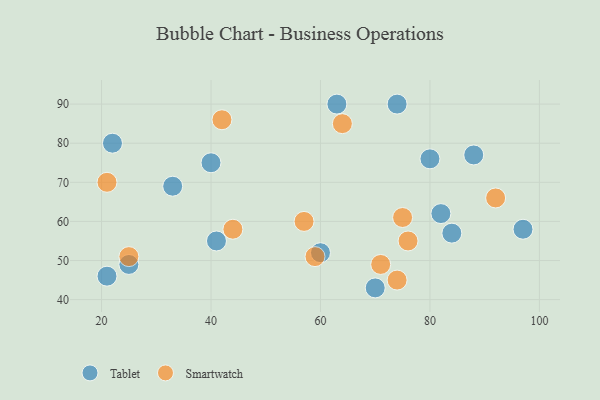
{"axis": {"x": "GDP", "y": "Life Expectancy"}, "legend": ["Smartwatch", "Tablet"], "data": [{"x": "97", "y": 58, "type": "Tablet"}, {"x": "84", "y": 57, "type": "Tablet"}, {"x": "41", "y": 55, "type": "Tablet"}, {"x": "88", "y": 77, "type": "Tablet"}, {"x": "60", "y": 52, "type": "Tablet"}, {"x": "70", "y": 43, "type": "Tablet"}, {"x": "74", "y": 90, "type": "Tablet"}, {"x": "25", "y": 49, "type": "Tablet"}, {"x": "63", "y": 90, "type": "Tablet"}, {"x": "40", "y": 75, "type": "Tablet"}, {"x": "33", "y": 69, "type": "Tablet"}, {"x": "80", "y": 76, "type": "Tablet"}, {"x": "82", "y": 62, "type": "Tablet"}, {"x": "22", "y": 80, "type": "Tablet"}, {"x": "21", "y": 46, "type": "Tablet"}, {"x": "76", "y": 55, "type": "Smartwatch"}, {"x": "57", "y": 60, "type": "Smartwatch"}, {"x": "92", "y": 66, "type": "Smartwatch"}, {"x": "44", "y": 58, "type": "Smartwatch"}, {"x": "21", "y": 70, "type": "Smartwatch"}, {"x": "75", "y": 61, "type": "Smartwatch"}, {"x": "25", "y": 51, "type": "Smartwatch"}, {"x": "64", "y": 85, "type": "Smartwatch"}, {"x": "59", "y": 51, "type": "Smartwatch"}, {"x": "71", "y": 49, "type": "Smartwatch"}, {"x": "42", "y": 86, "type": "Smartwatch"}, {"x": "74", "y": 45, "type": "Smartwatch"}]}